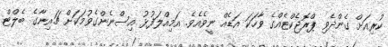
ކުރިއަށް ގެންދެވި ޕްރޮޖެކްޓެއްގެ ވާހަކަ އަޑެއް ނީވެއެވެ. އަމިއްލަފުޅު އިސްނެންގެވުމަކަށް ޗައިނާގެ ބެލްޓް